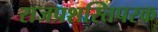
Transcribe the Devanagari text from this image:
राजप्रशस्तिपरक